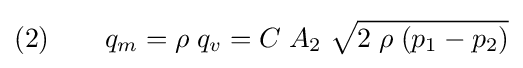
(2)\qquad q_{m}=\rho \;q_{v}=C\;A_{2}\;{\sqrt {2\;\rho \;(p_{1}-p_{2})}}